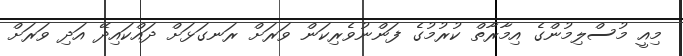
މިއީ މުސްލިމުންގެ އިމާރާތް ކުރުމުގެ ފަންނުވެރިކަން ވަރަށް ރަނގަޅަށް ދައްކައިދޭ އަދި ވަރަށް